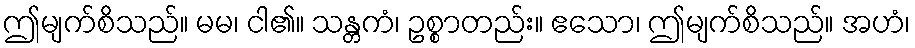
ဤမျက်စိသည်။ မမ၊ ငါ၏။ သန္တကံ၊ ဥစ္စာတည်း။ ဧသော၊ ဤမျက်စိသည်။ အဟံ၊